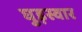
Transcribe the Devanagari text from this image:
घुड़स्वार